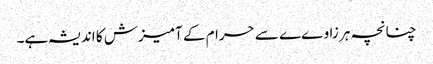
چنانچہ ہر زاوےے سے حرام کے آمیزش کا اندیشہ ہے۔